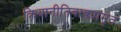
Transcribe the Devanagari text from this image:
क्रियानीतिवाक्यामृत